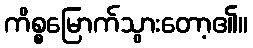
ကိစ္စမြောက်သွားတော့၏။